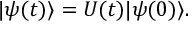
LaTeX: \vert \psi ( t ) \rangle = U ( t ) \vert \psi ( 0 ) \rangle .